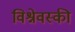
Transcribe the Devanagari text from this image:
विश्नेवस्की